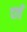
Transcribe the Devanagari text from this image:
दावँ